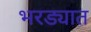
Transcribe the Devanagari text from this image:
भरड्यात